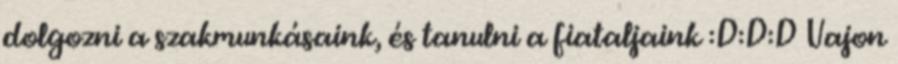
dolgozni a szakmunkásaink, és tanulni a fiataljaink :D:D:D Vajon